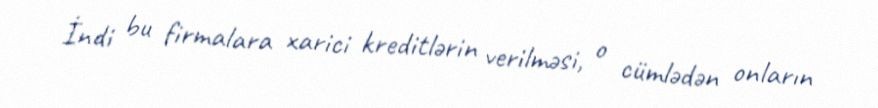
İndi bu firmalara xarici kreditlərin verilməsi, o cümlədən onların